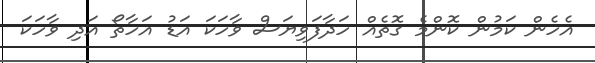
އެހެން ކަމުން ކޮންމެ ގޮތެއް ހަދާފަވިޔަސް ވާހަކަ އަޑު އަހާތޯ އަދި ވާހަކަ